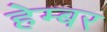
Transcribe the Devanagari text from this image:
हेम्बर